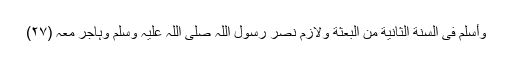
وَأسْلَمَ فِی السَّنَةِ الثَّانِیَةِ مِنَ الْبِعْثَةِ وَلاَزَمَ نَصْرَ رسولِ اللّٰہ صلی اللہ علیہ وسلم وَہَاجَرَ مَعَہ (۲۷)